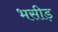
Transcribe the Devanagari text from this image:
भसीड़